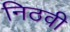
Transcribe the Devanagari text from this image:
निठवी